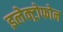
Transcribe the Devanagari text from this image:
इलेक्ट्रोफोन